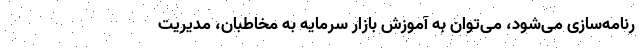
رنامه‌سازی می‌شود، می‌توان به آموزش بازار سرمایه به مخاطبان، مدیریت